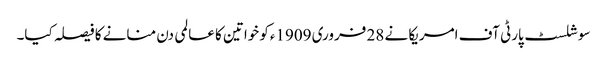
سوشلسٹ پارٹی آف امریکا نے 28 فروری 1909ءکو خواتین کا عالمی دن منانے کا فیصلہ کیا۔